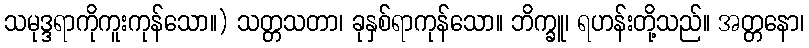
သမုဒ္ဒရာကိုကူးကုန်သော။) သတ္တသတာ၊ ခုနှစ်ရာကုန်သော။ ဘိက္ခူ၊ ရဟန်းတို့သည်။ အတ္တနော၊